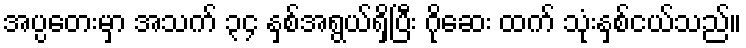
အပ္ပတေးမှာ အသက် ၃၄ နှစ်အရွယ်ရှိပြီး ဂိုဆေး ထက် သုံးနှစ်ငယ်သည်။